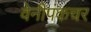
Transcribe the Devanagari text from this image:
वेनीपंकचर